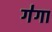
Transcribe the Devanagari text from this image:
ग॑गा